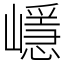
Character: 嶾